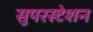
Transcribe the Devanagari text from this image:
सुपरस्टेशन